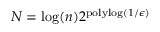
N = \log ( n ) 2 ^ { \mathrm { p o l y l o g } ( 1 / \epsilon ) }